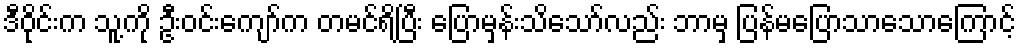
ဒီဝိုင်းက သူ့ကို ဦးဝင်းကျော်က တမင်ရိပြီး ပြောမှန်းသိသော်လည်း ဘာမှ ပြန်မပြောသာသောကြောင့်